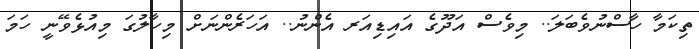
ތިކަމާ ހާސްނުވެބަލަ.. މިވެސް އަދޫގެ އައިޑިއަރ އެންނު.. އަހަރެންނަށް މިހާލުގަ މިއުޅެވޭނީ ހަމަ